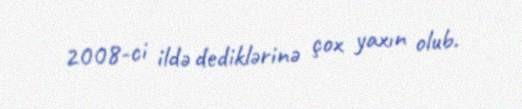
2008-ci ildə dediklərinə çox yaxın olub.